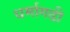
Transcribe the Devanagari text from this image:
धर्मागढी